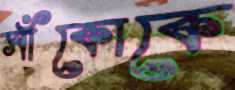
সাঁকোকে